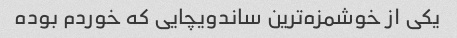
یکی از خوشمزه‌ترین ساندویچایی که خوردم بوده